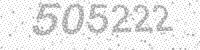
Solution: 505222